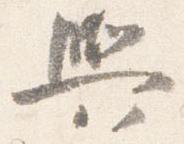
輿